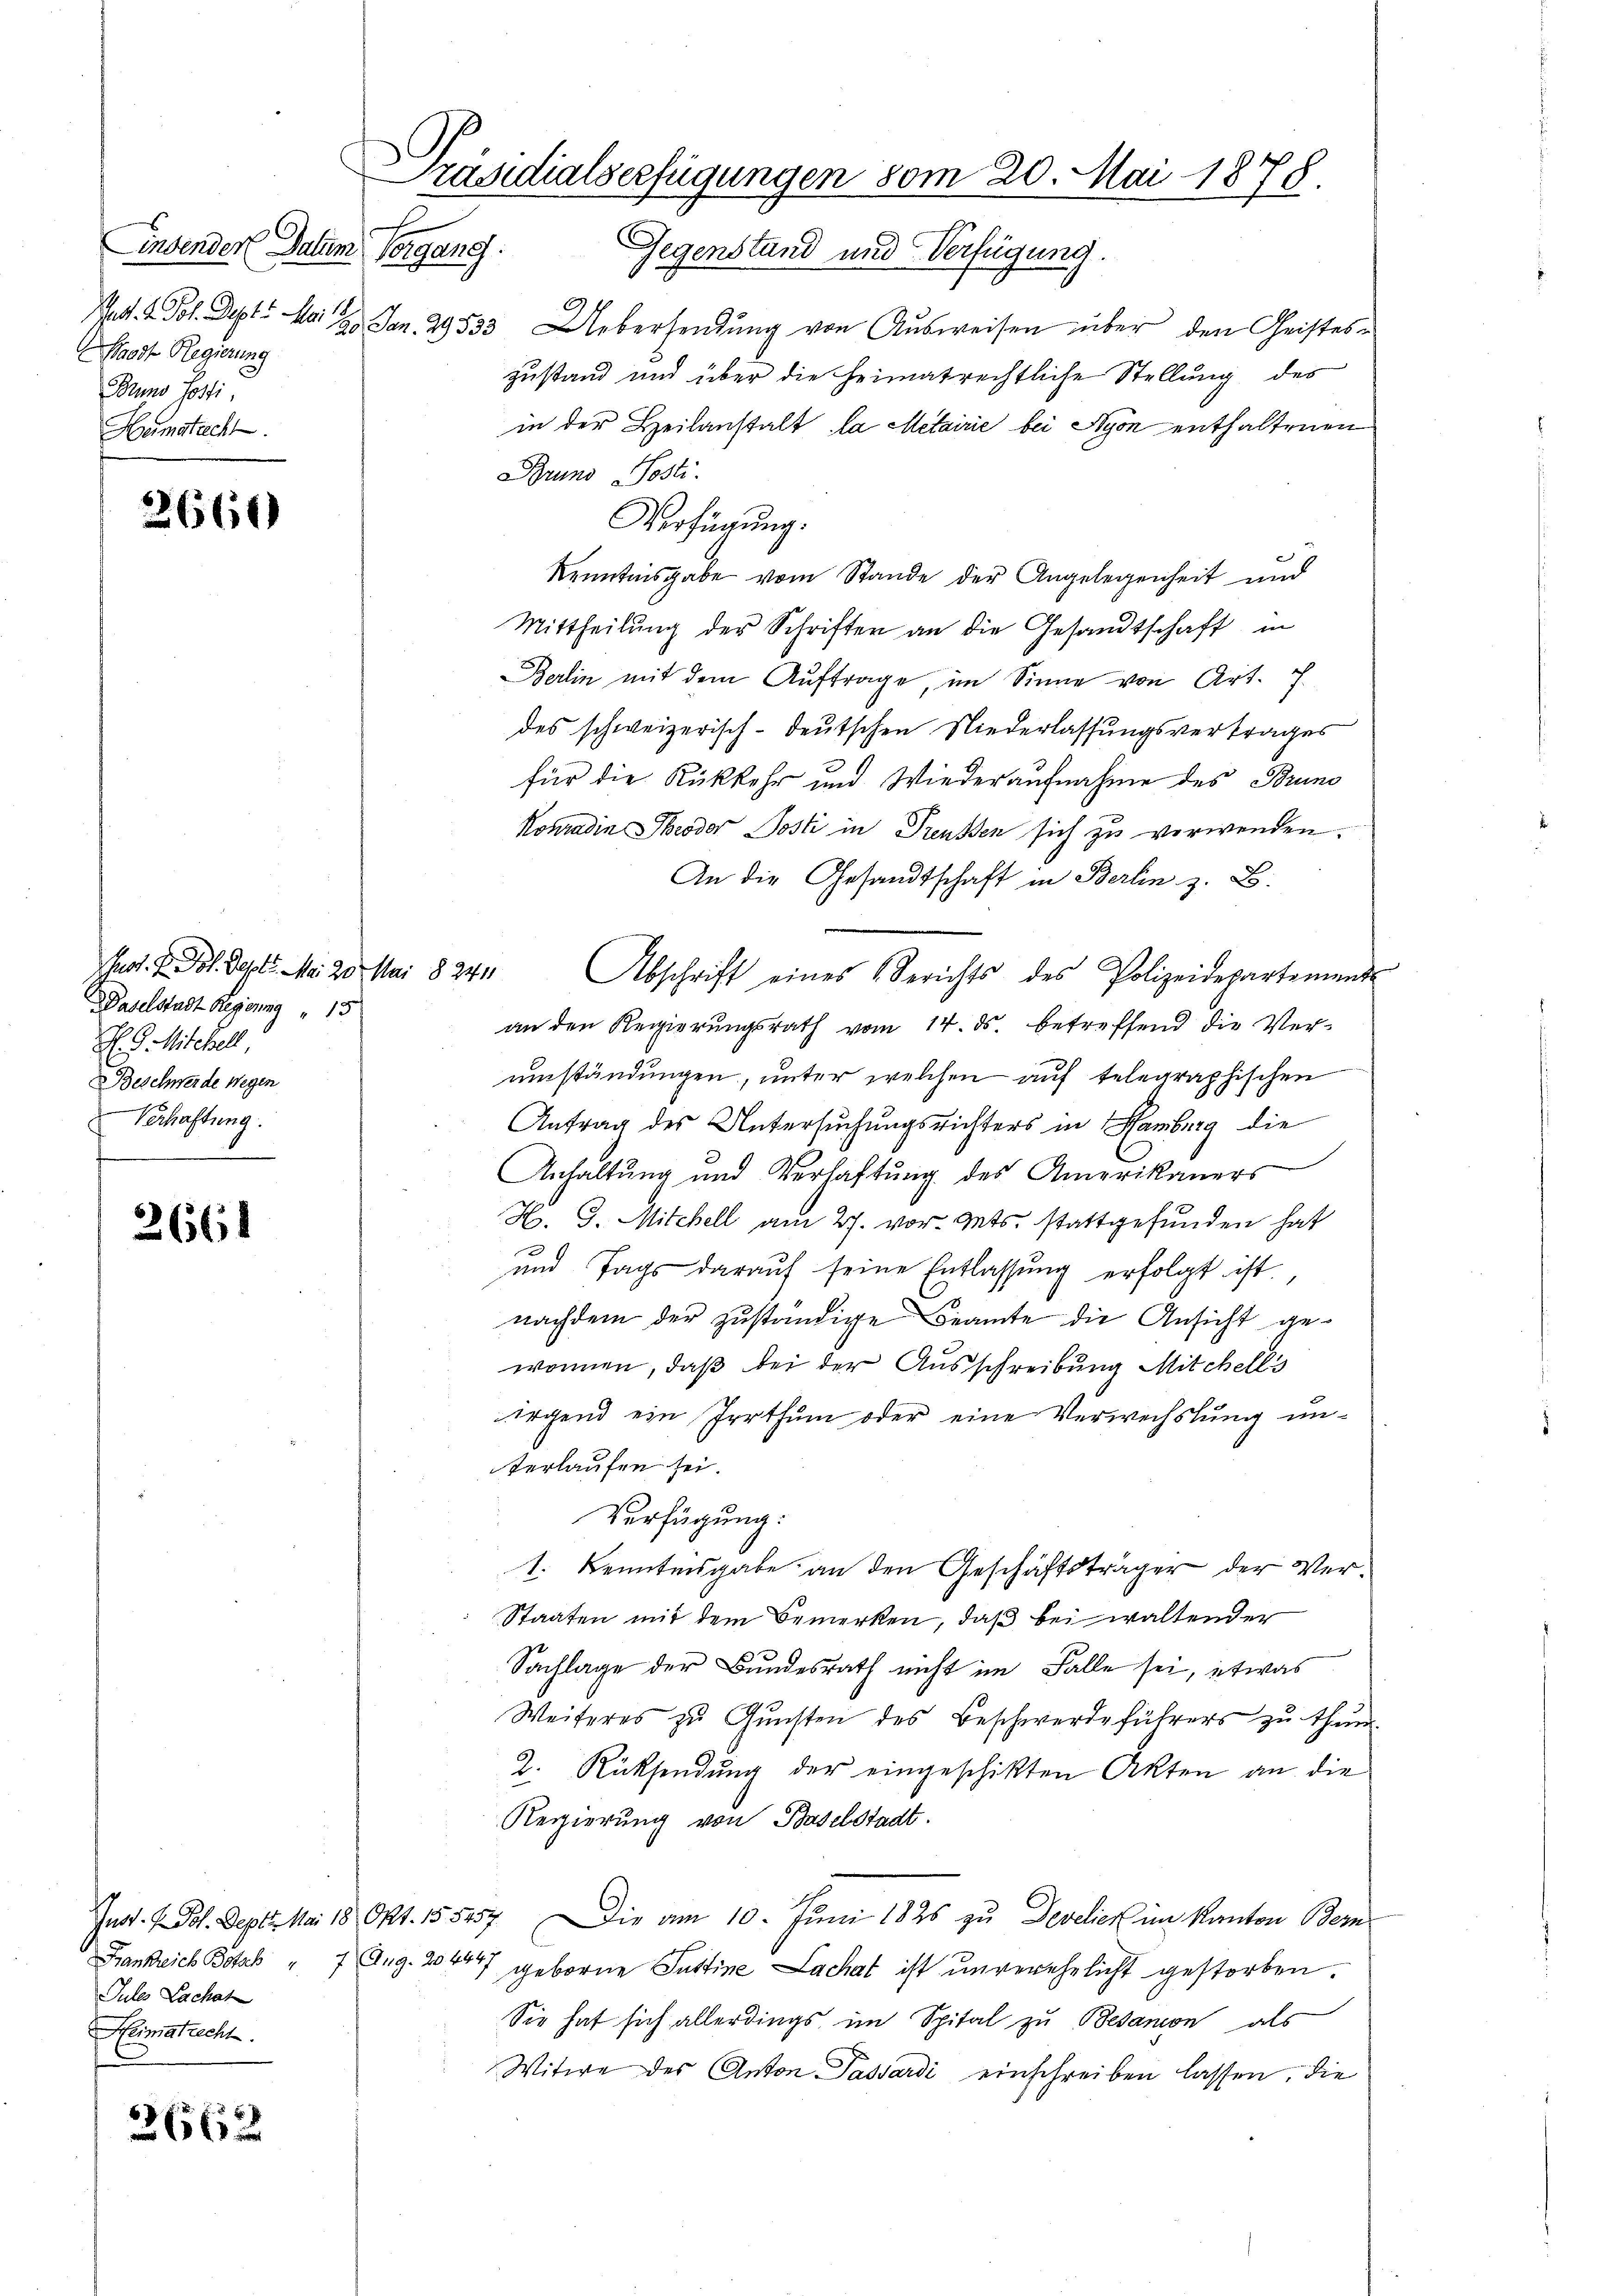
insender Datum
Waadt Regierung
Bruno sosti
Hematacht.

2660

hot. P. Joh. Sept. Mai 20. Mai
Waselstadt Regierung " 15
H. G. Mitchell,
Beschwerde wegen
 Verhaftung.

2661

2662

Präsidialserfügungen vom 20. Mai 1878.
Vorgang. Gegenstand und Verfügung.

§ 2411

Jules Lachat
Heimatrecht.

Rat. 2. Joh. Sept. Mai 20. Jan. 29533 Uebersendŭng von Aŭsweisen über den Geistes-
zustand und über die heimatrechtliche Stellung des
in der Heilanstalt la Metairie bei Nyon enthaltenen
Bruns Posti.
Verfügŭng.
Kenntnisgabe vom Stande der Angelegenheit und
Mittheilŭng der Schrifter an die Gesandtschaft in
Berlin mit dem Auftrage, im Sinne von Art. 7.
des schweizerisch-deutschen Niederlassungsvertrages
für die Rückkehr und Wiederaufnahme des Bruno
Konradin Theodor Posti in Treussen sich zu verwenden.
An die Gesandtschaft in Berlin z. B.
Abschrift eines Berichts des Polizeidepartemend
an den Regierungsrath vom 14. ds. betreffend die Verumständungen, unter welchen auf telegraphischen
Antrag des Untersuchungsrichters in Hamburg die
Anhaltung und Verlastung des Amerikaners
H. G. Mitchell am 27. vor. Mts. stattgefunden hat
und Tags darauf seine Entlassung erfolgt ist.
nachdem der zuständige Beamte die Ansicht gewonnen, daß bei der Ausschreibung Mitchells
irgend ein Irrthum oder eine Verwechslung unterlaufen sei.
Verfügung:
1. Kenntnisgabe an den Geschäftsträger der Ver¬
Staaten mit dem Bemerken, daß bei waltender
Sachlage der Bundesrath nicht im Falle sei, etwas
Weiteres zu Gunsten des Beschwerdeführers zu thun.
2. Rücksendŭng der eingeschikten Akten an die
Regierung von Baselstadt.
Inat. — Tol. Sept. Mai 18. Okt. 155457. Die am 10. Juni 1825 zu Develick im Kanton Bern
Frankreich Botab " 7 Aug. 204047 geborene Justine Lachat ist unverehelicht gestorben.
Sie hat sich allerdings im Spital zu Besanon als
Witwe des Anton Passardi einschreiben lassen, die